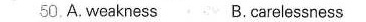
50.A. Weakngss B.Carelessness